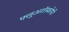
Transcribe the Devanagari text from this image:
फ्लूअरॉस्कोपी